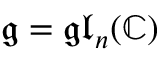
{ \mathfrak { g } } = { \mathfrak { g l } } _ { n } ( \mathbb { C } )